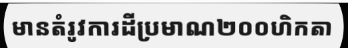
មានតំរូវការដីប្រមាណ២០០ហិកតា